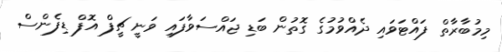
މިމުބާރާތް ފައްޓަވައި ދެއްވުމުގެ ގޮތުން ބަޑި ޖައްސަވާފައި ވަނީ ޗީފް އޮފް ޑިފެންސް